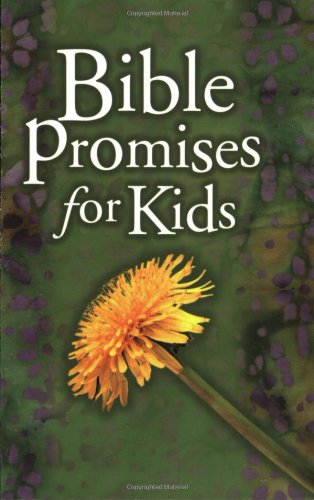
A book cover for Bible Promises for Kids (Bible Promise Books); Children's Books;